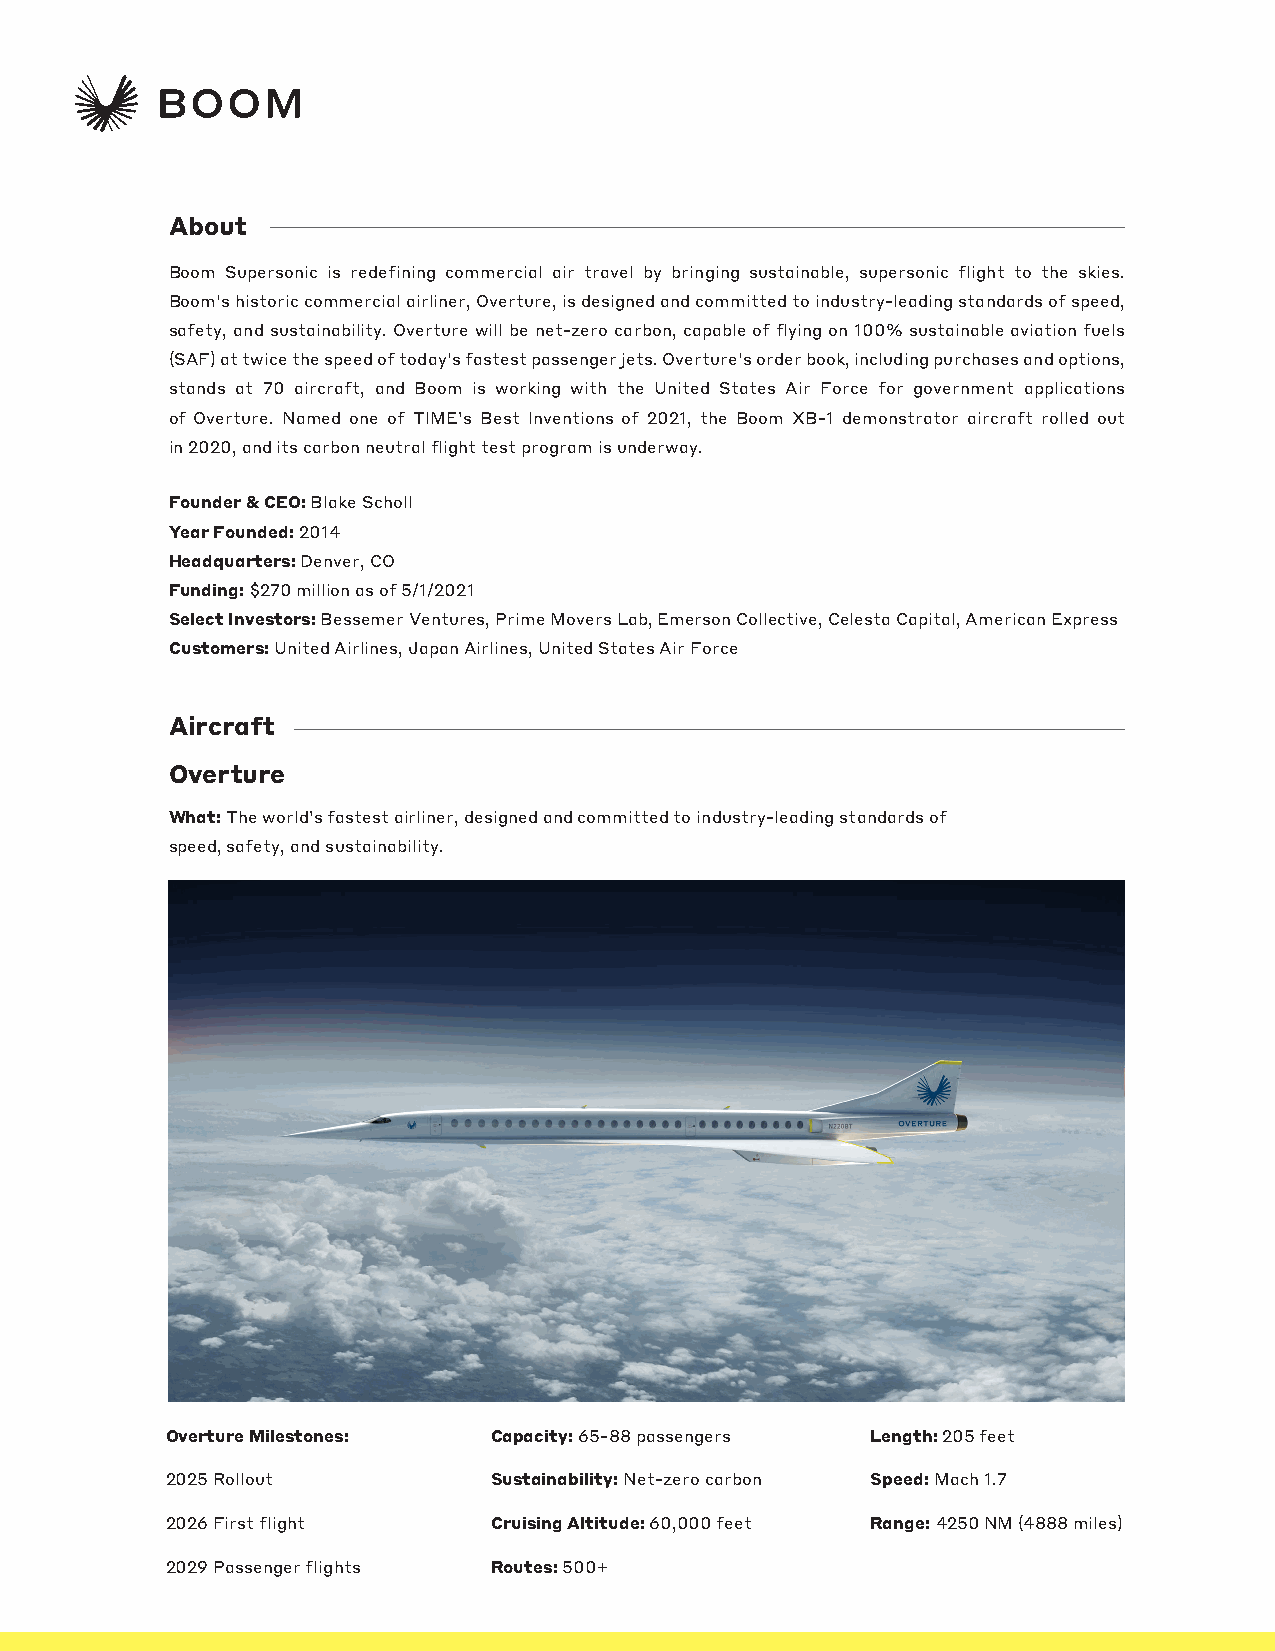
About
 Boom Supersonic is redefining commercial air travel by bringing sustainable, supersonic flight to the skies.
 Boom's historic commercial airliner, Overture, is designed and committed to industry-leading standards of speed,
 safety, and sustainability. Overture will be net-zero carbon, capable of flying on 100% sustainable aviation fuels
 (SAF) at twice the speed of today's fastest passenger jets. Overture's order book, including purchases and options,
 stands at 70 aircraft, and Boom is working with the United States Air Force for government applications
 of Overture. Named one of TIME’s Best Inventions of 2021, the Boom XB-1 demonstrator aircraft rolled out
 in 2020, and its carbon neutral flight test program is underway.
 Founder & CEO: Blake Scholl
 Year Founded: 2014
 Headquarters: Denver, CO
 Funding: $270 million as of 5/1/2021
 Select Investors: Bessemer Ventures, Prime Movers Lab, Emerson Collective, Celesta Capital, American Express
 Customers: United Airlines, Japan Airlines, United States Air Force
 Aircraft
 Overture
 What: The world’s fastest airliner, designed and committed to industry-leading standards of
 speed, safety, and sustainability.
 Overture Milestones:  Capacity: 65-88 passengers Length: 205 feet
 2025 Rollout          Sustainability: Net-zero carbon Speed: Mach 1.7
 2026 First flight     Cruising Altitude: 60,000 feet Range: 4250 NM (4888 miles)
 2029 Passenger flights Routes: 500+